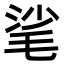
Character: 㲚